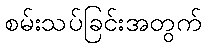
စမ်းသပ်ခြင်းအတွက်